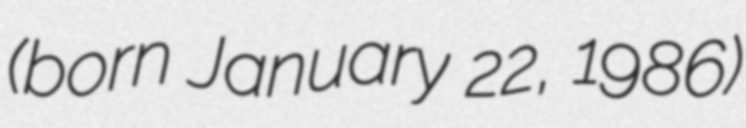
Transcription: (born January 22, 1986)